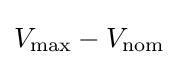
V_{\max }-V_{\text{nom}}